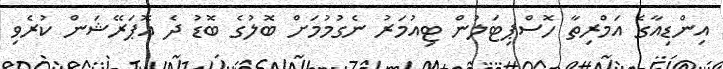
އިންޑިއާގެ އަމްރިތާ ހޮސްޕިޓަލުން ޓިއުމަރު ނެގުމުމަށް ބޮލުގެ ބޮޑު ދެ އޮޕަރޭޝަން ކުރެވި